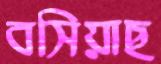
বসিয়াছ